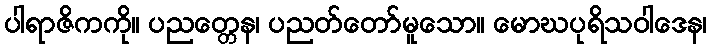
ပါရာဇိကကို။ ပညတ္တေန၊ ပညတ်တော်မူသော။ မောဃပုရိသဝါဒေန၊